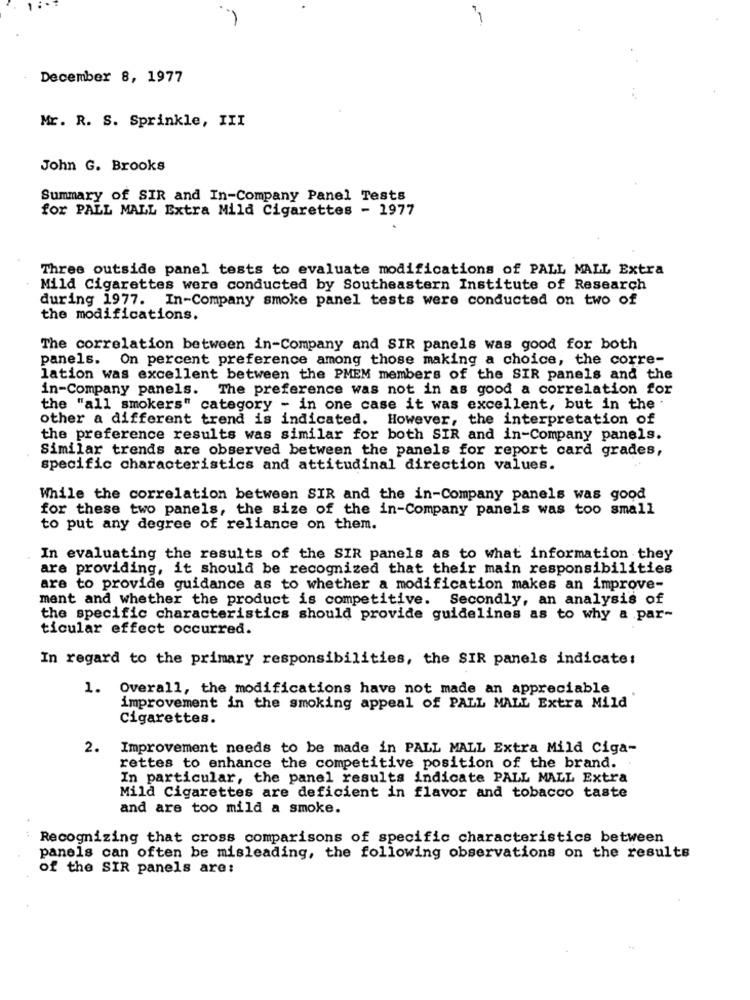
-
December 8, 1977
Mr. R. S. Sprinkle, III
John G. Brooks
Summary of SIR and In-Company Panel Tests
for PALL MALL Extra Mild Cigarettes - 1977
Three outside panel tests to evaluate modifications of PALL MALL Extra
Mild Cigarettes were conducted by Southeastern Institute of Research
during 1977. In-Company smoke panel tests were conducted on two of
the modifications.
The correlation between in-Company and SIR panels was good for both
panels. On percent preference among those making a choice, the corre-
lation was excellent between the PMEM members of the SIR panels and the
in-Company panels. The preference was not in as good a correlation for
the "all smokers" category - in one case it was excellent, but in the .
other a different trend is indicated. However, the interpretation of
the preference results was similar for both SIR and in-Company panels.
Similar trends are observed between the panels for report card grades,
specific characteristics and attitudinal direction values.
While the correlation between SIR and the in-Company panels was good
for these two panels, the size of the in-Company panels was too small
to put any degree of reliance on them.
In evaluating the results of the SIR panels as to what information they
are providing, it should be recognized that their main responsibilities
are to provide guidance as to whether a modification makes an improve-
ment and whether the product is competitive. Secondly, an analysis of
the specific characteristics should provide guidelines as to why a par-
ticular effect occurred.
In regard to the primary responsibilities, the SIR panels indicate:
1. Overall, the modifications have not made an appreciable
improvement in the smoking appeal of PALL MALL Extra Mild
Cigarettes.
2.
Improvement needs to be made in PALL MALL Extra Mild Ciga-
rettes to enhance the competitive position of the brand.
In particular, the panel results indicate PALL MALL Extra
Mild Cigarettes are deficient in flavor and tobacco taste
and are too mild a smoke.
Recognizing that cross comparisons of specific characteristics between
panels can often be misleading, the following observations on the results
of the SIR panels are: